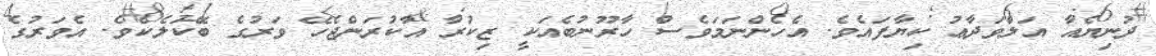
ދުނިޔެއާ އަލްވަދާޢު ކިޔާފައެވެ. އެހެންނަމަވެސް ހާރޫނުބެއަކީ ޒިކުރާ އާކުރަންޖެހޭ ވަރުގެ ބޭކަލެކެވެ. އެވަރުގެ